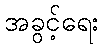
အခွင့်ရေး